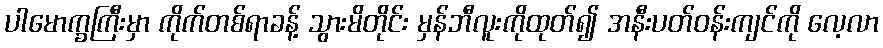
ပါမောက္ခကြီးမှာ ကိုက်တစ်ရာခန့် သွားမိတိုင်း မှန်ဘီလူးကိုထုတ်၍ အနီးပတ်ဝန်းကျင်ကို လေ့လာ